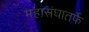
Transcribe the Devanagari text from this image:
महासंघातर्फे